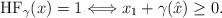
LaTeX: \begin{align*} \mathrm{HF}_\gamma (x) = 1 \Longleftrightarrow x_1 + \gamma (\hat{x}) \geq 0.\end{align*}